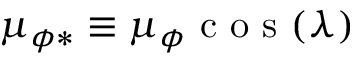
\mu _ { \phi * } \equiv \mu _ { \phi } \mathrm { ~ c ~ o ~ s ~ } ( \lambda )